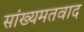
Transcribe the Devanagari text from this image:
सांख्यमतवाद